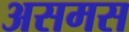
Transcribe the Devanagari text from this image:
असमस